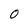
Character: 0